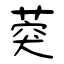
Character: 葖